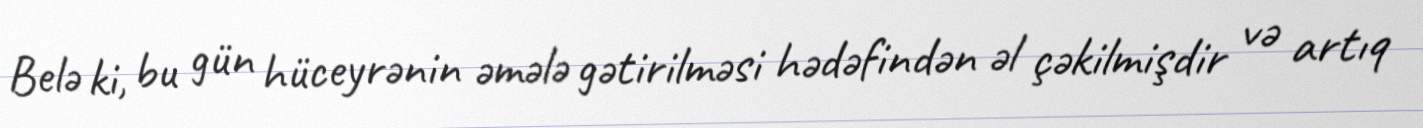
Belə ki, bu gün hüceyrənin əmələ gətirilməsi hədəfindən əl çəkilmişdir və artıq